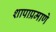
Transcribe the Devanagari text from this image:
शापाप्रमाणे